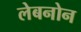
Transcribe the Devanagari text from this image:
लेबनोन